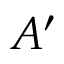
A ^ { \prime }